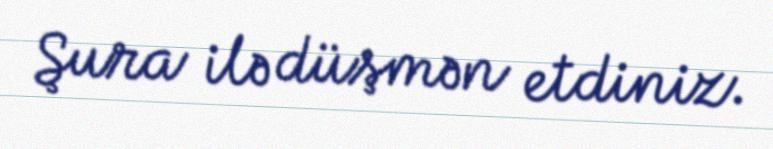
Şura ilə düşmən etdiniz.